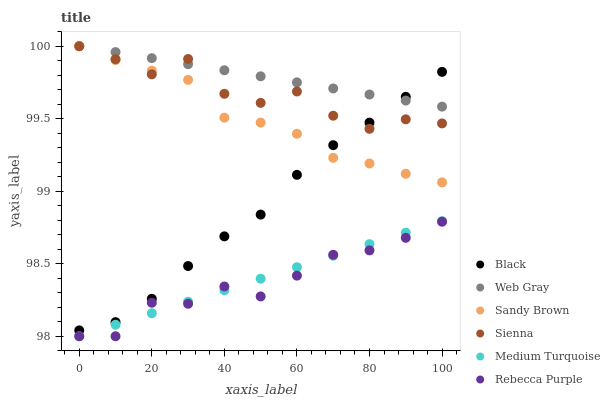
| xaxis_label | Black | Web Gray | Sandy Brown | Sienna | Medium Turquoise | Rebecca Purple |
 | --- | --- | --- | --- | --- | --- | --- |
 | 0 | 98 | 100 | 100 | 100 | 98 | 98 |
 | 10 | 98.1 | 100 | 99.9 | 99.9 | 98.1 | 98 |
 | 20 | 98.3 | 99.9 | 99.8 | 99.8 | 98.2 | 98.2 |
 | 30 | 98.5 | 99.9 | 99.8 | 99.9 | 98.2 | 98.2 |
 | 40 | 98.7 | 99.8 | 99.5 | 99.7 | 98.3 | 98.3 |
 | 50 | 98.8 | 99.8 | 99.5 | 99.6 | 98.4 | 98.3 |
 | 60 | 99.1 | 99.7 | 99.4 | 99.7 | 98.5 | 98.4 |
 | 70 | 99.3 | 99.7 | 99.2 | 99.5 | 98.6 | 98.6 |
 | 80 | 99.5 | 99.7 | 99.2 | 99.4 | 98.6 | 98.6 |
 | 90 | 99.6 | 99.6 | 99.1 | 99.5 | 98.7 | 98.7 |
 | 100 | 99.8 | 99.6 | 99.1 | 99.5 | 98.8 | 98.8 |